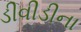
ડીવીડીના